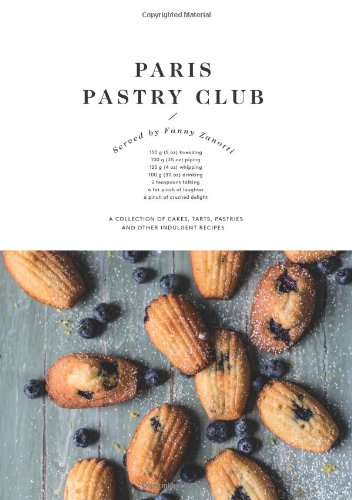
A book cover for Paris Pastry Club: A Collection of Cakes, Tarts, Pastries and Other Indulgent Recipes; Fanny Zanotti; Cookbooks, Food & Wine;